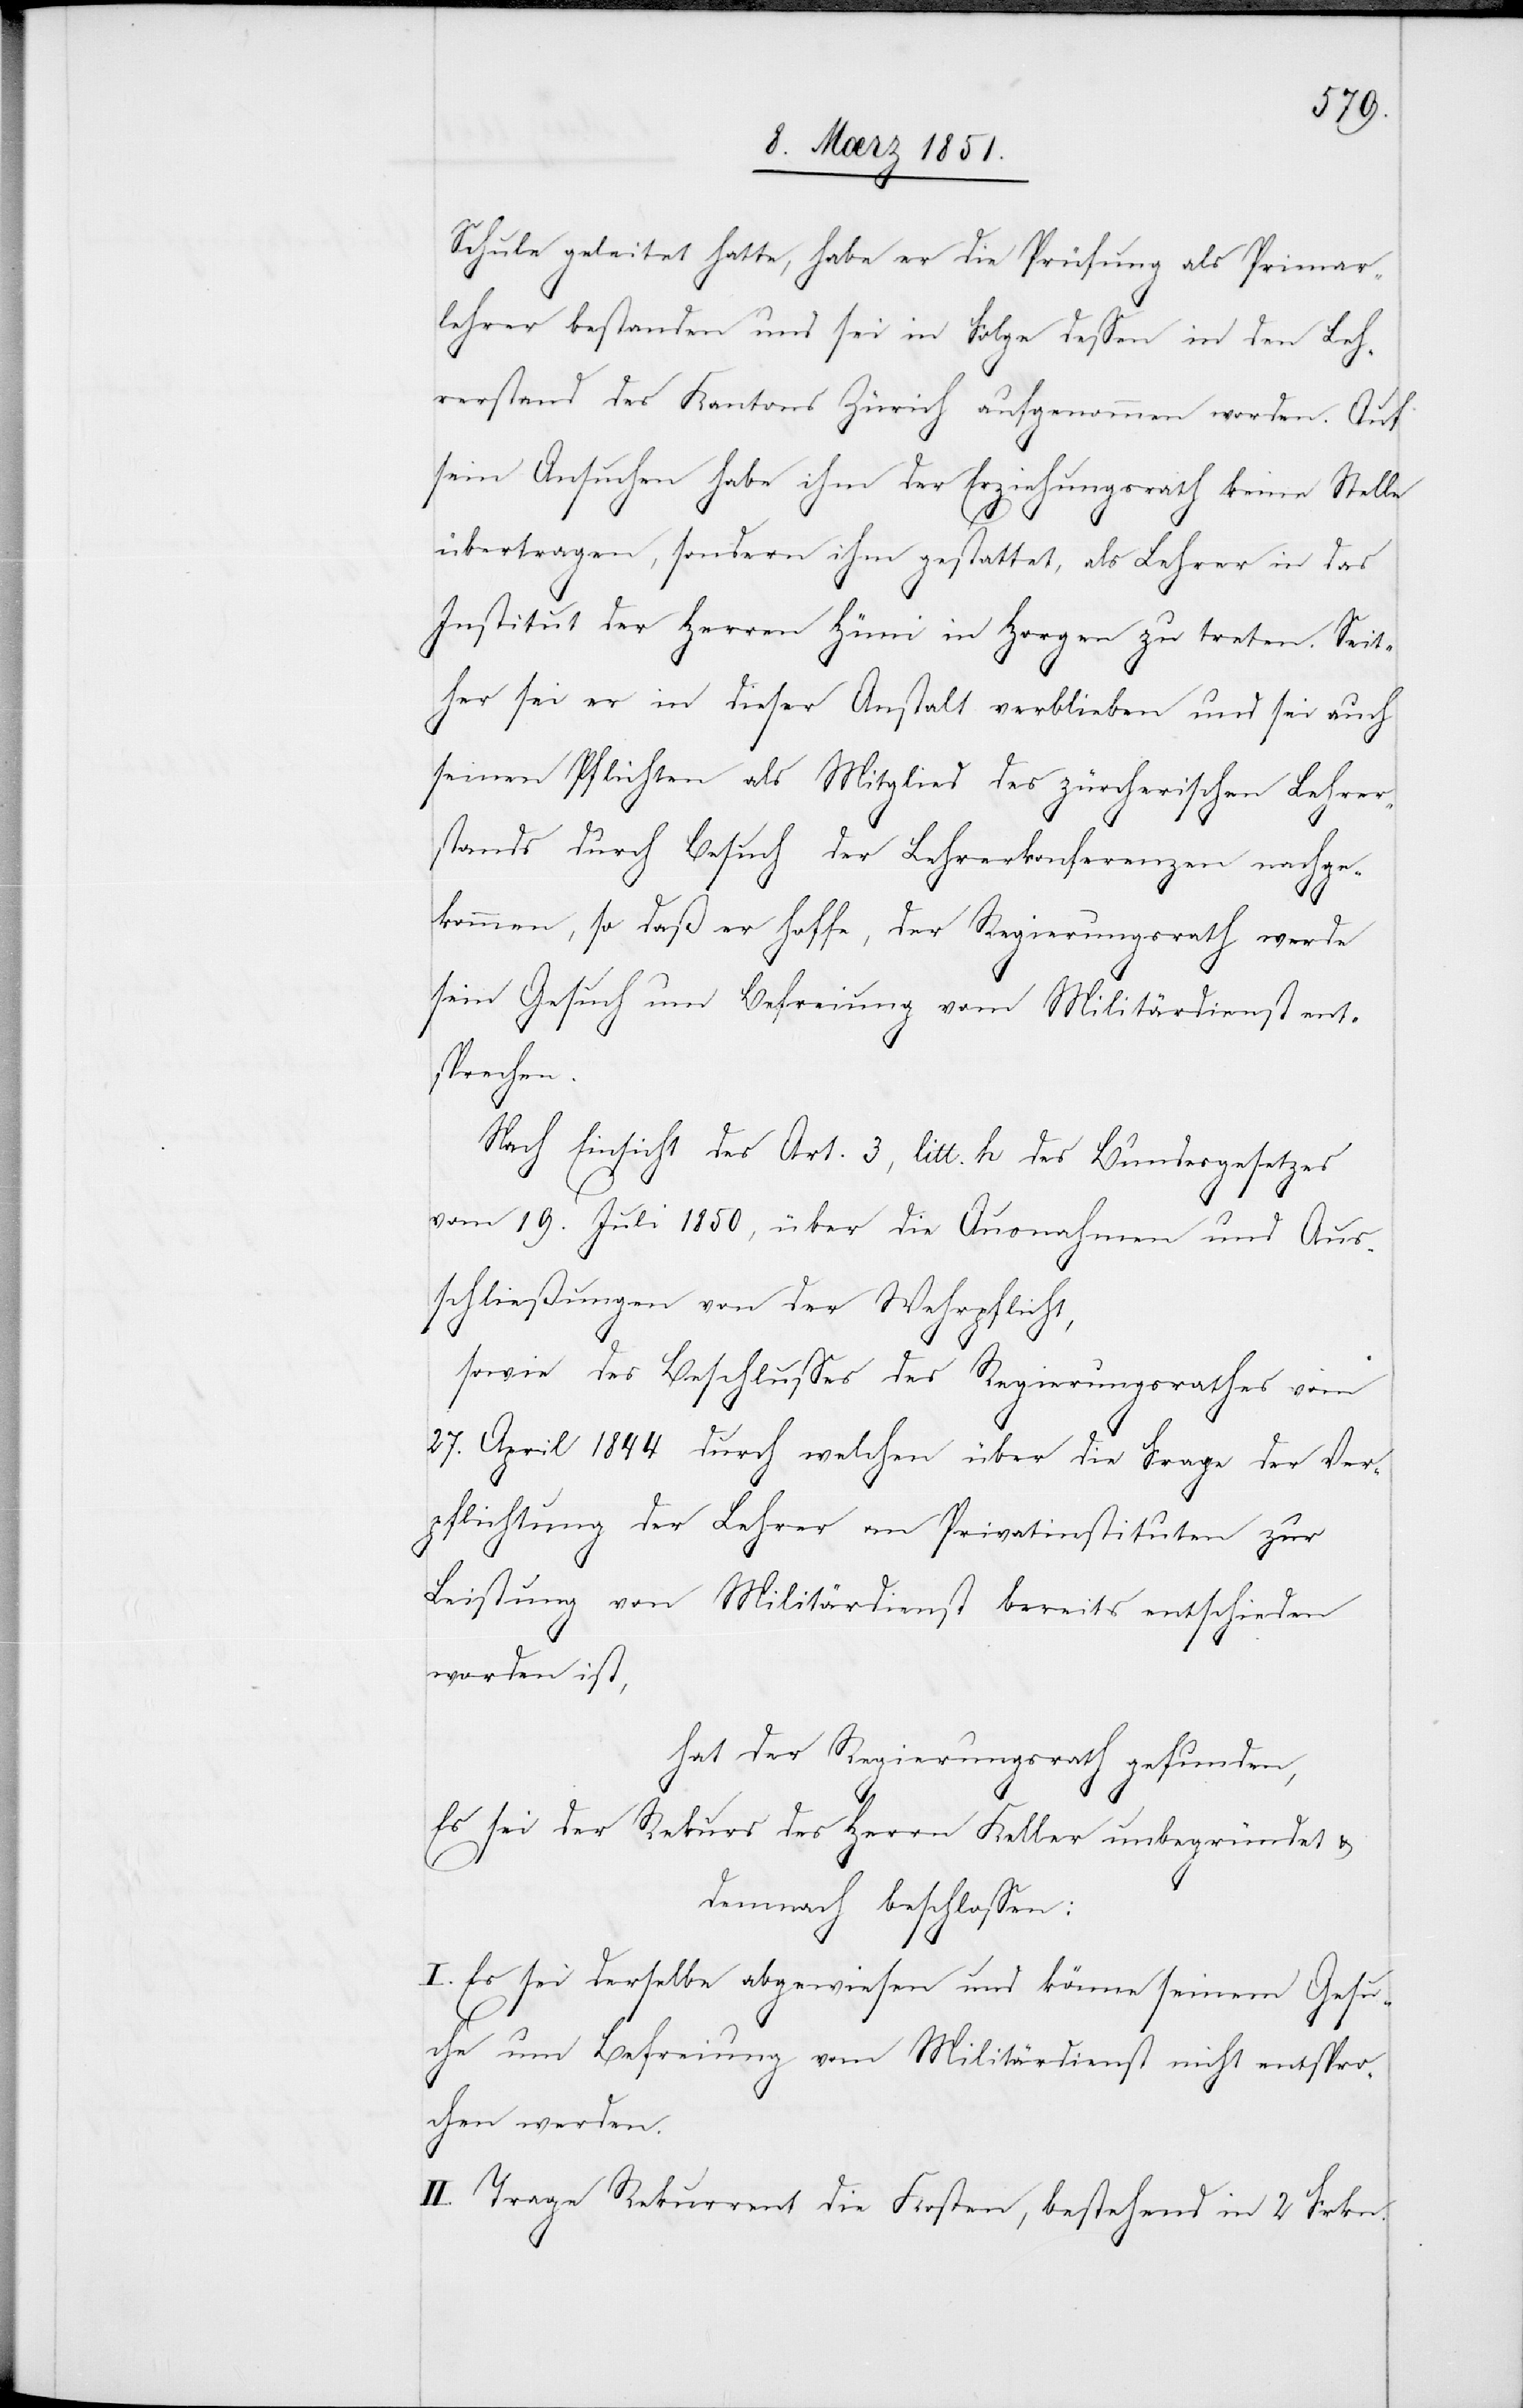
Schule geleitet hatte, habe er die Prüfung als Primar¬
lehrer bestanden und sei in Folge dessen in den Leh¬
rerstand des Kantons Zürich aufgenommen worden. Auf
sein Ansuchen habe ihm der Erziehungsrath keine Stelle
übertragen, sondern ihm gestattet, als Lehrer in das
Institut der Herren Hüni in Horgen zu treten. Seit¬
her sei er in dieser Anstalt verblieben und sei auch
seinen Pflichten als Mitglied des zürcherischen Lehrer¬
stands durch Besuch der Lehrerkonferenzen nachge¬
kommen, so daß er hoffe, der Regierungsrath werde
sein[em] Gesuch um Befreiung vom Militärdienst ent¬
sprechen.
Nach Einsicht des Art. 3, litt. h des Bundesgesetzes
vom 19. Juli 1850, über die Ausnahmen und Aus¬
schließungen von der Wehrpflicht,
sowie des Beschlusses des Regierungsrathes vom
27. April 1844 durch welchen über die Frage der Ver¬
pflichtung der Lehrer an Privatinstituten zur
Leistung von Militärdienst bereits entschieden
worden ist,
hat der Regierungsrath gefunden,
Es sei der Rekurs des Herrn Keller unbegründet &
demnach beschlossen:
I. Es sei derselbe abgewiesen und könne seinem Gesuc¬
he um Befreiung vom Militärdienst nicht entspro¬
chen werden.
II. Trage Rekurrent die Kosten, bestehend in 2 Frkn.